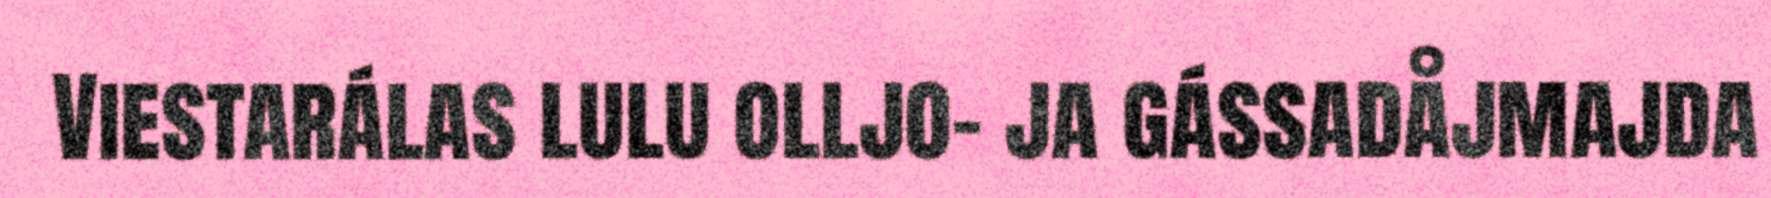
Viestarálas lulu olljo- ja gássadåjmajda